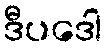
ဒီပဒေါ